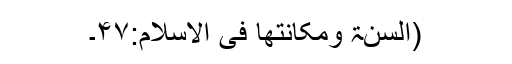
(السنۃ ومکانتھا فی الاسلام:۴۷۔